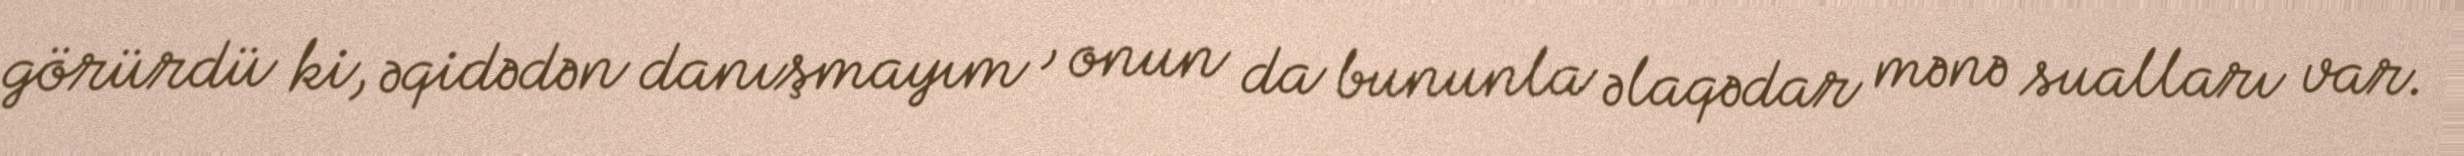
görürdü ki, əqidədən danışmayım , onun da bununla əlaqədar mənə sualları var.